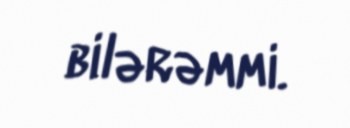
bilərəmmi.